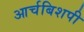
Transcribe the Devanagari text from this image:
आर्चबिशपी